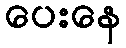
ပေးနေ